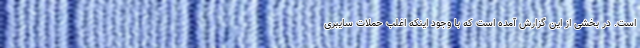
است. در بخشی از این گزارش آمده است که با وجود اینکه اغلب حملات سایبری